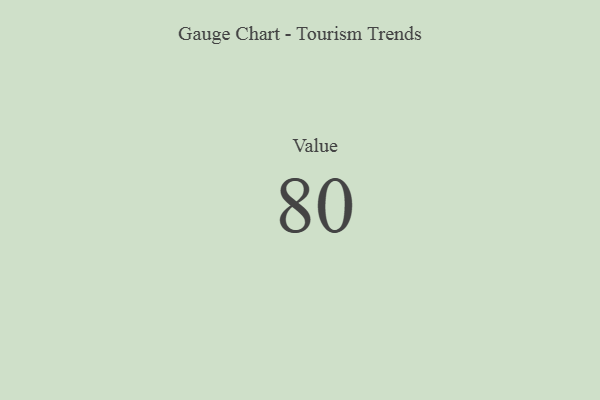
{"axis": {"x": "Metric", "y": "Value"}, "legend": [""], "data": [{"x": "Value", "y": 80, "type": ""}]}